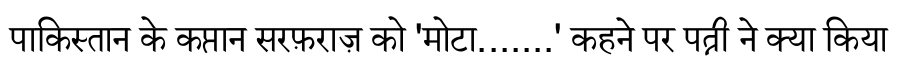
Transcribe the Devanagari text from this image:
पाकिस्तान के कप्तान सरफ़राज़ को 'मोटा.......' कहने पर पत्नी ने क्या किया